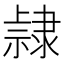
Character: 𨽾